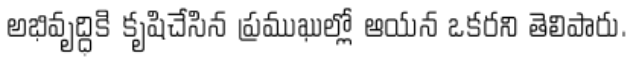
అభివృద్ధికి కృషిచేసిన ప్రముఖుల్లో ఆయన ఒకరని తెలిపారు.